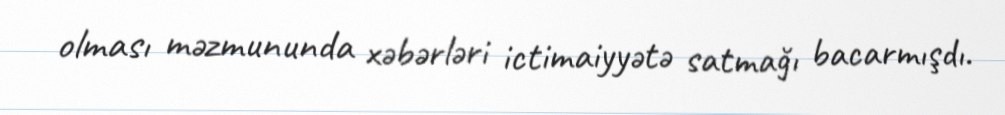
olması məzmununda xəbərləri ictimaiyyətə satmağı bacarmışdı.